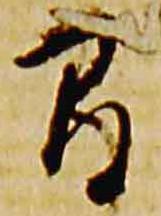
間